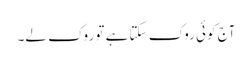
آج کوئی روک سکتا ہے تو روک لے۔